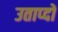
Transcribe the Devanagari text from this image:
उताप्दों